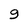
Character: g